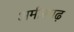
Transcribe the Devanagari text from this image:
अमीरगढ़